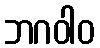
ဘဂဝါဝ